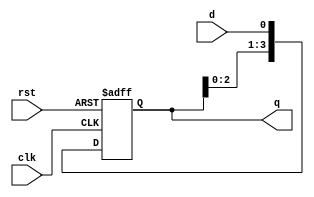
module ShiftRegister (
    input wire clk,       // Clock signal
    input wire rst,       // Asynchronous reset signal
    input wire d,         // Data input
    output reg [3:0] q    // 4-bit data output
);

    parameter N = 4; // Width of the shift register

    // Shift register logic
    always @(posedge clk or posedge rst) begin
        if (rst) begin
            q <= 0; // Reset the register to zero
        end else begin
            q <= {q[N-2:0], d}; // Shift left and load new data bit
        end
    end

endmodule